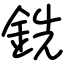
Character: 銑